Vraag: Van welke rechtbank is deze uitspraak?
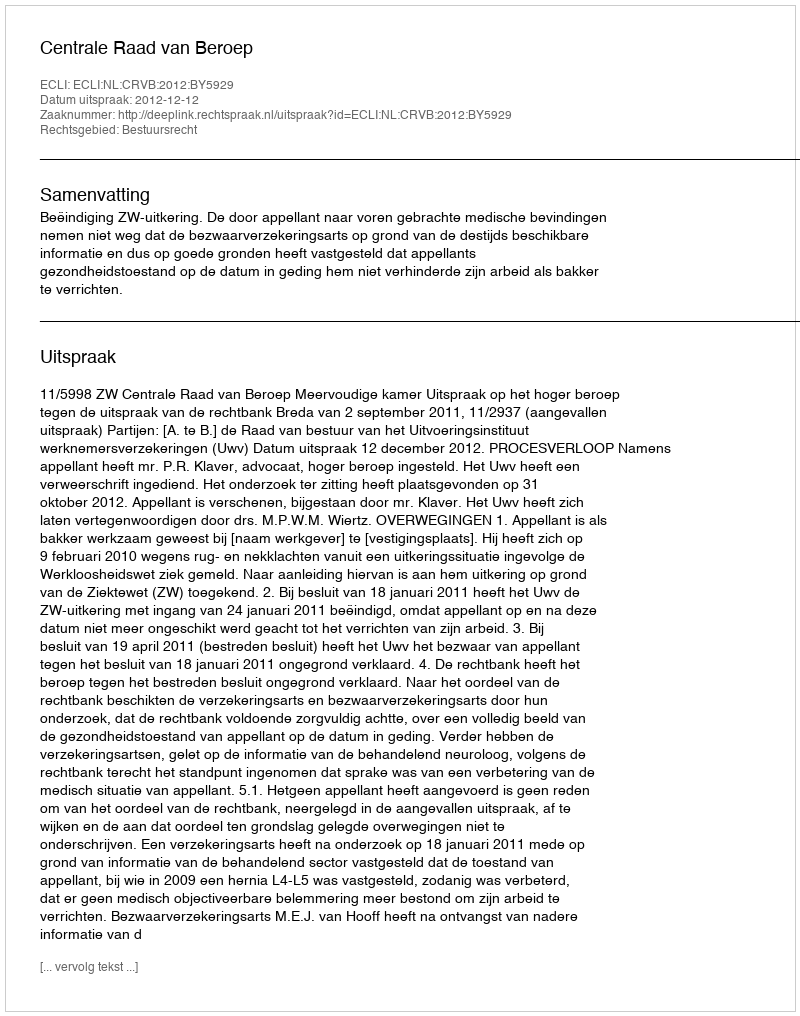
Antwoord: Centrale Raad van Beroep